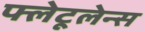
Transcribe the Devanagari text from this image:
फ्लेटूलेन्स